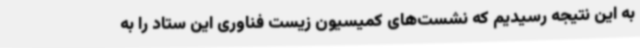
به این نتیجه رسیدیم که نشست‌های کمیسیون زیست فناوری این ستاد را به